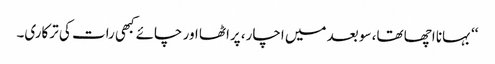
‘‘ بہانا اچھا تھا، سو بعد میں اچار، پراٹھا اور چائے کبھی رات کی ترکاری۔